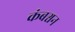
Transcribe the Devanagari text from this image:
कंबश्चन